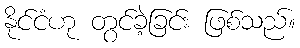
နိုင်ငံဟု တွင်ခဲ့ခြင်း ဖြစ်သည်။